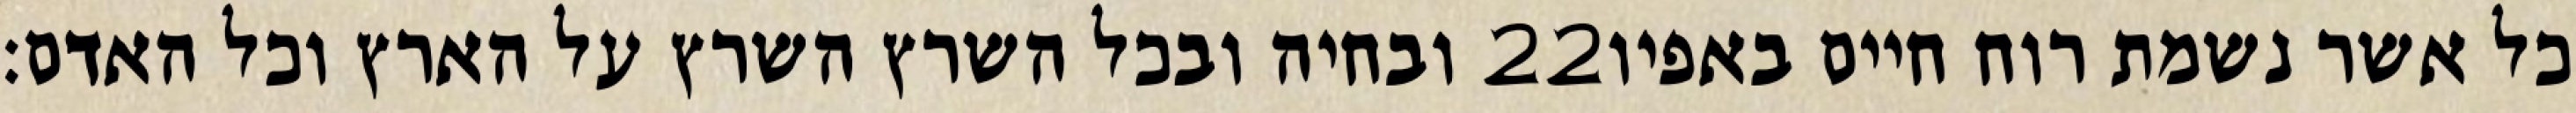
ובחיה ובכל השרץ השרץ על הארץ וכל האדם׃ ‎22‏ כל אשר נשמת רוח חיים באפיו